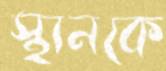
স্থানকে